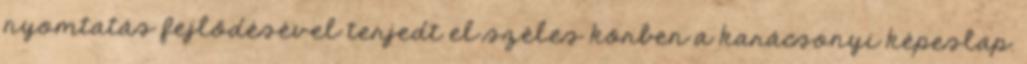
nyomtatás fejlődésével terjedt el széles körben a karácsonyi képeslap.